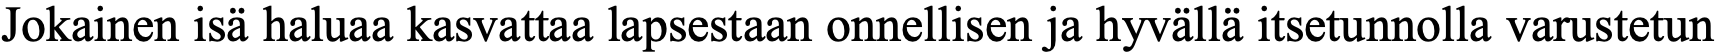
Jokainen isä haluaa kasvattaa lapsestaan onnellisen ja hyvällä itsetunnolla varustetun